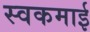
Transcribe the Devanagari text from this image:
स्वकमाई